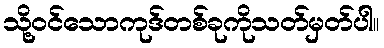
သို့ဝင်သောကုဒ်တစ်ခုကိုသတ်မှတ်ပါ။